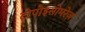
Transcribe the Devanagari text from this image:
टोपोइसोमरेज़